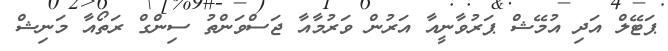
ޕަޓޭލް އަދި އުމޭޝް ޕަރުވާނީއާ އަރުން ވަރުމާއާ ޖަސްވަންތު ސިންގް ރަތޯއާ މަނިޝް